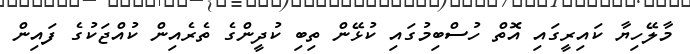
މާލޭހިޔާ ކައިރީގައި އޮތް ހުސްބިމުގައި ކުޅޭން ތިބި ކުދީންގެ ތެރެއިން ކުއްޖަކުގެ ފައިން